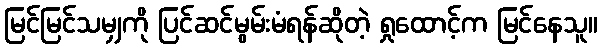
မြင်မြင်သမျှကို ပြင်ဆင်မွမ်းမံရန်ဆိုတဲ့ ရှုထောင့်က မြင်နေသူ။